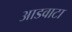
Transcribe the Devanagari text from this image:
आडवाटा